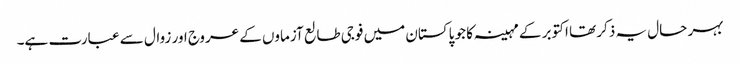
بہر حال یہ ذکر تھا اکتوبر کے مہینہ کا جو پاکستان میں فوجی طالع آزماوں کے عروج اور زوال سے عبارت ہے۔